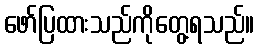
ဖော်ပြထားသည်ကိုတွေ့ရသည်။